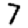
Digit: 7